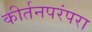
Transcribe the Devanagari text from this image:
कीर्तनपरंपरा